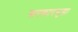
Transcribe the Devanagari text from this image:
सरकारसुद्धा